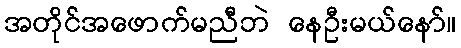
အတိုင်အဖောက်မညီဘဲ နေဦးမယ်နော်။